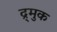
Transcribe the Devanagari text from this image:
द्र्मुक